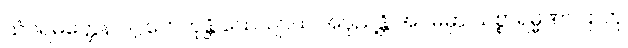
သံဝရမတ္တေန ပဂ္ဂဟေတုန္တိ သေယျာယ အပုညန္တိ အဂမမှာ သစ္စာရမ္မဏာ ဌာတု